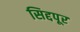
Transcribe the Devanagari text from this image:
सिद्दपूर